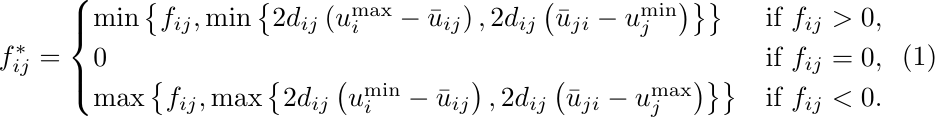
\begin{equation}\label{MClimiter}
f^*_{ij} =
	\begin{cases}
	\min\left\lbrace f_{ij}, \min \left\lbrace 2d_{ij} \left(u_i^{\max}-\bar{u}_{ij}\right), 2d_{ij} \left(\bar{u}_{ji}-u_j^{\min}\right) \right\rbrace \right\rbrace &\text{if } f_{ij}>0, \\
	0 &\text{if } f_{ij}=0, \\
	\max\left\lbrace f_{ij}, \max \left\lbrace 2d_{ij} \left(u_i^{\min}-\bar{u}_{ij}\right), 2d_{ij} \left(\bar{u}_{ji}-u_j^{\max}\right)\right\rbrace \right\rbrace &\text{if } f_{ij}<0.
	\end{cases}
\end{equation}